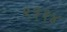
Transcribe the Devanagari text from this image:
९३१४